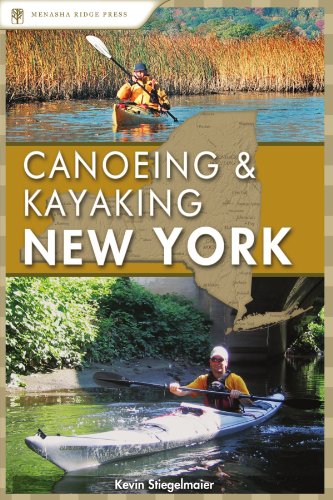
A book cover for Canoeing and Kayaking New York (Canoe and Kayak Series); Kevin Stiegelmaier; Sports & Outdoors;